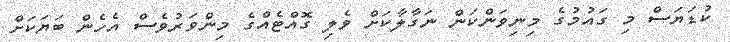
ކުޑަޔަސް މި ގައުމުގެ މިނިވަންކަން ނަގާލާކަށް ވެލި ގޮއްޓެއްގެ މިންވަރުވެސް އެހެން ބަޔަކަށް